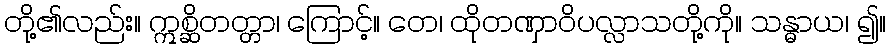
တို့၏လည်း။ ဣစ္ဆိတတ္တာ၊ ကြောင့်။ တေ၊ ထိုတဏှာဝိပလ္လာသတို့ကို။ သန္ဓာယ၊ ၍။